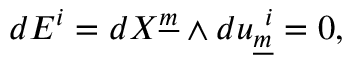
d E ^ { i } = d X ^ { \underline { { { m } } } } \wedge d u _ { \underline { { { m } } } } ^ { ~ i } = 0 , \qquad